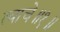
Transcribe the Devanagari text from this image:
त्याचे॥१॥